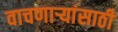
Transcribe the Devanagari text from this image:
वाचणाऱ्यांसाठी